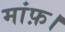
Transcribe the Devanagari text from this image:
मांफ़।